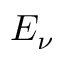
E _ { \nu }